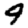
Digit: 9